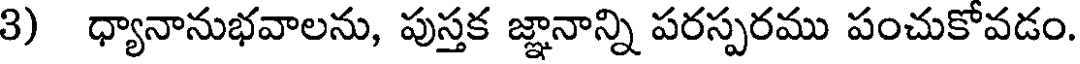
3) ధ్యానానుభవాలను, పుస్తక జ్ఞానాన్ని పరస్పరము పంచుకోవడం.